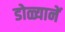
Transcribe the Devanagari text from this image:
डोळ्यानें